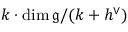
k \cdot \dim { \mathfrak { g } } / ( k + h ^ { \vee } )